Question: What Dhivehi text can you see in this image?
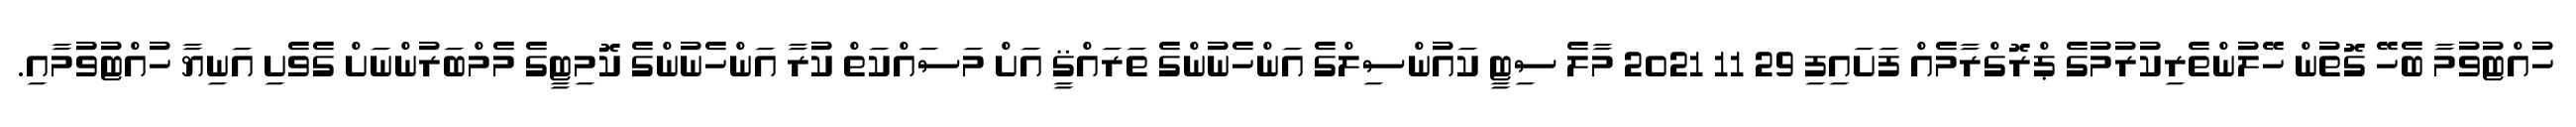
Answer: ހުއްޓުވުމާ ބެހޭ ގޮތުން ހޭލުންތެރިކުރުމުގެ ޕްރޮގްރާމެއް ފަށައިފި 29 11 2021 މާލެ ސިޓީ ކައުންސިލްގެ އަންހެނުންގެ ތަރައްޤީ އަށް މަސައްކަތް ކުރާ އަންހެނުންގެ ކޮމިޓީގެ މެމްބަރުންނަށް ގެވެށި އަނިޔާ ހުއްޓުވުމާއި.